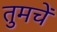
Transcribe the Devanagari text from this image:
तुमचें